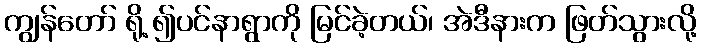
ကျွန်တော် ရို့ ၍ပင်နာရွာကို မြင်ခဲ့တယ်၊ အဲဒီနားက ဖြတ်သွားလို့